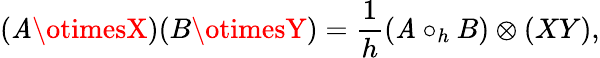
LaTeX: (\mathit{A}\otimesX)(B\otimesY)=\frac{{1}}{{h}}(\mathit{A}\circ_{h}B)\otimes(XY),